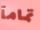
تمامآ